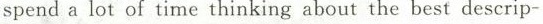
spend a lot of time thinking about the best descrip-